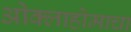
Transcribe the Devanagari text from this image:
ओक्लाहोमाचा